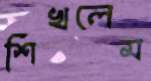
শিখলেম